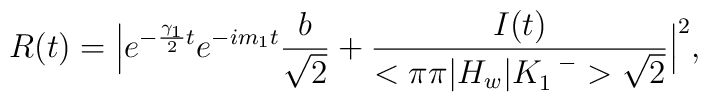
R(t)=\Big|e^{-{\gamma_1\over2}t}e^{-im_1t}{b\over\sqrt{2}}+{I(t)\over<\pi\pi|H_w|K_1^{\enspace-}>\sqrt{2}}\Big|^2,